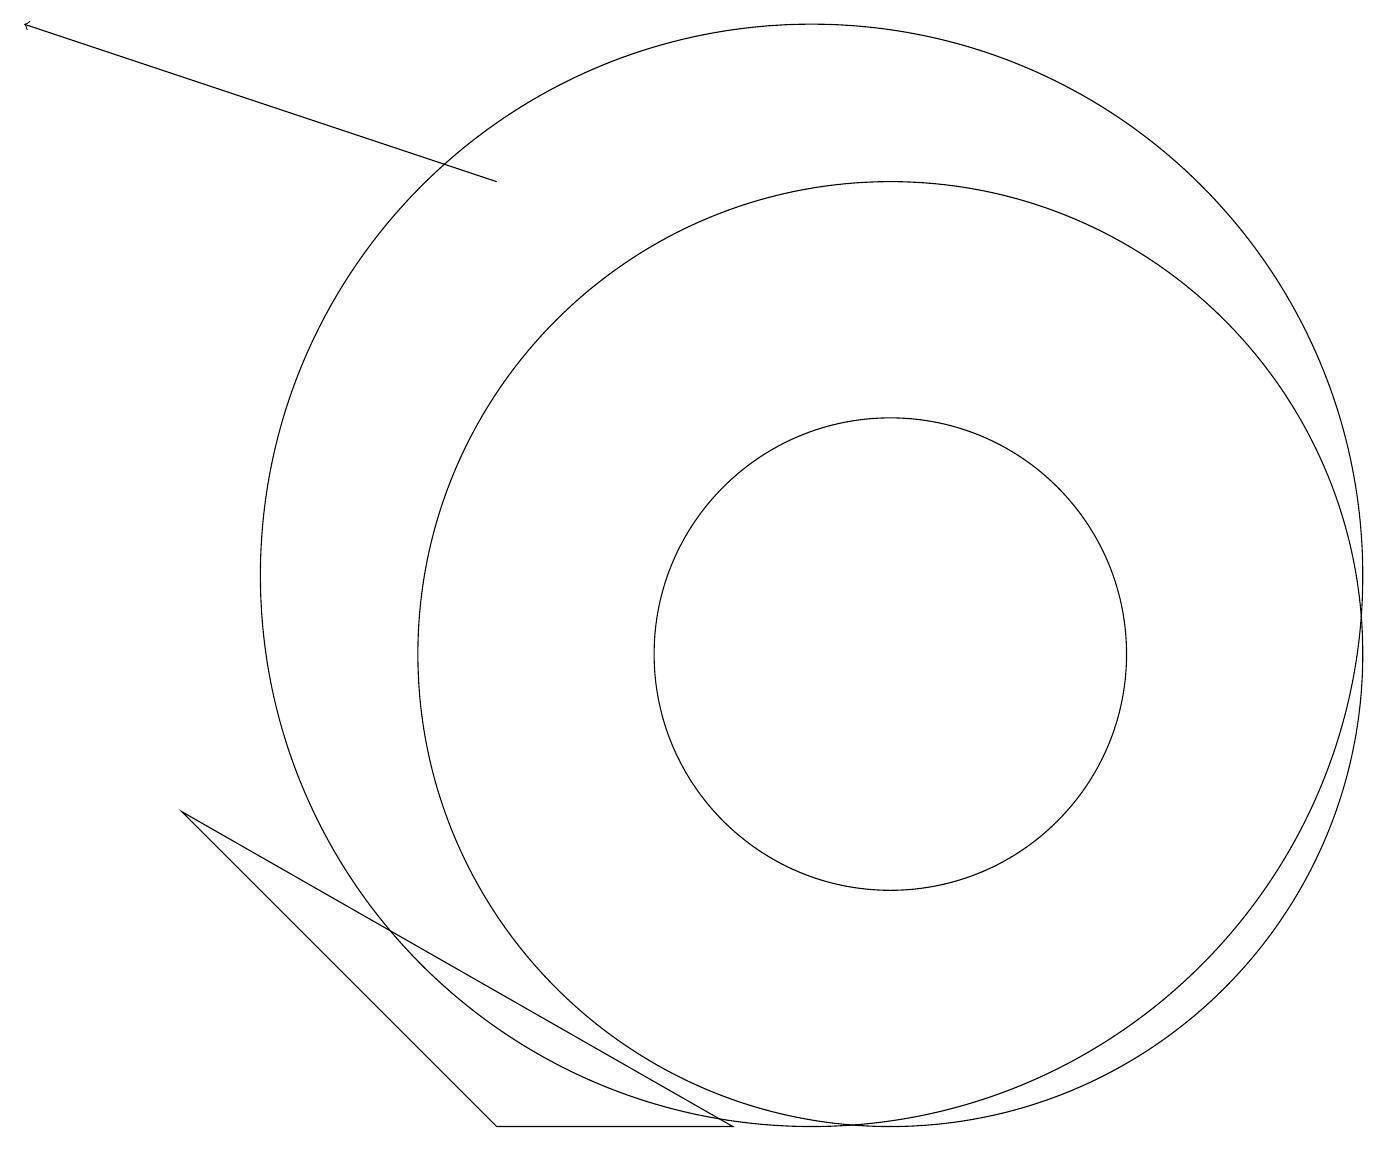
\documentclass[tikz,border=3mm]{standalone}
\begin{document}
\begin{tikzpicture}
\draw[->] (6,17) -- (0,19);
\draw (11,11) circle (6);
\draw (9,5) -- (6,5) -- (2,9) -- cycle;
\draw (11,11) circle (3);
\draw (10,12) circle (7);
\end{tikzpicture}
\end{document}